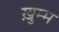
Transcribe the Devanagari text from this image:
ख़ुम्म